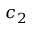
c _ { 2 }